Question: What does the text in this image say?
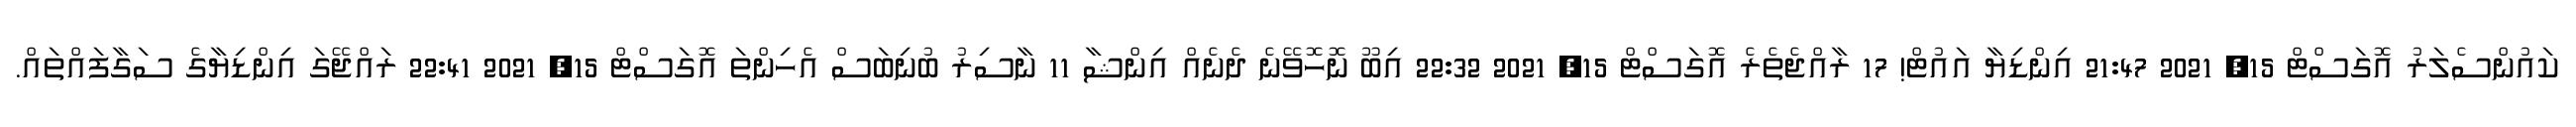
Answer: ކައުންސެލަރު އޮގަސްޓް 15, 2021 21:47 އިންޑިޔާ އައުޓް! 17 ރާއްޖެތެރެ އޮގަސްޓް 15, 2021 22:32 އިބޫ ނޮހޮވޭނެ ދެނެއް އިންޝާ 11 ނާސިރު ބުނިބަސް އެހިންތަ އޮގަސްޓް 15, 2021 22:41 ރައްޖޭގަ އިންޑިޔާގެ ސަގާފައްތައް.